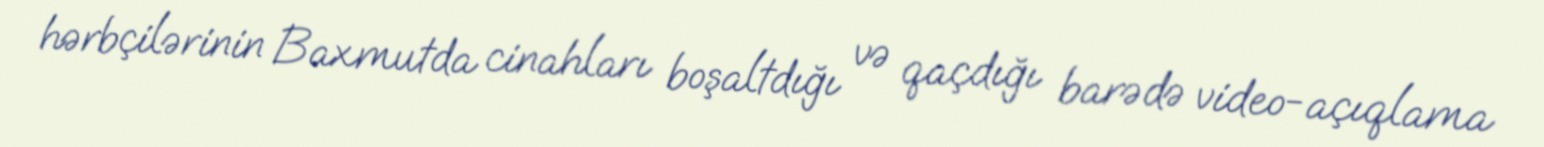
hərbçilərinin Baxmutda cinahları boşaltdığı və qaçdığı barədə video-açıqlama